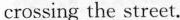
crossing the street.